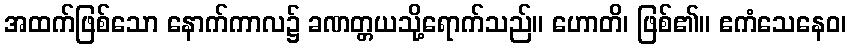
အထက်ဖြစ်သော နောက်ကာလ၌ ခဏတ္တယသို့ရောက်သည်။ ဟောတိ၊ ဖြစ်၏။ ဧကံသေနေဝ၊